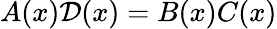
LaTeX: A(x)\mathcal{D}(x)=B(x)C(x)